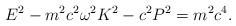
\begin{align*}E^{2}-m^{2}c^{2}\omega^{2}K^{2}-c^{2}P^{2}=m^{2}c^{4} . \end{align*}